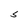
Character: S